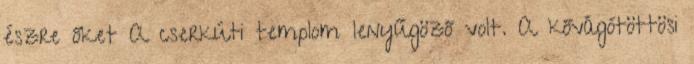
észre őket A cserkúti templom lenyűgöző volt. A kővágótöttösi